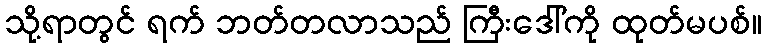
သို့ရာတွင် ရက် ဘတ်တလာသည် ကြီးဒေါ်ကို ထုတ်မပစ်။